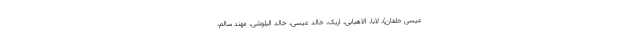
عیسی خلفان)، لابا، الاهبابی، اریک، خالد عیسی، خالد البلوشی، مهند سالم،